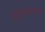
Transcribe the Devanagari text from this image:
हिफेस्तास